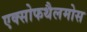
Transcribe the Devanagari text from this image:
एक्सोफथैलमोस